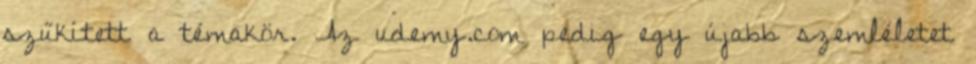
szűkített a témakör. Az udemy.com pedig egy újabb szemléletet